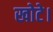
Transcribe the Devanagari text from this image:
खोटे।